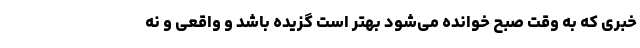
خبری که به وقت صبح خوانده می‌شود بهتر است گزیده باشد و واقعی و نه